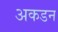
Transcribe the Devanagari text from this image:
अकडन